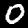
Digit: 0